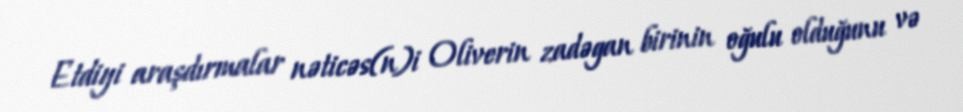
Etdiyi araşdırmalar nəticəs(n)i Oliverin zadəgan birinin oğulu olduğunu və